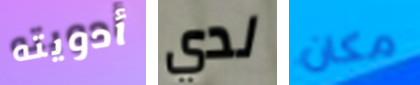
أدويته لدي مكان